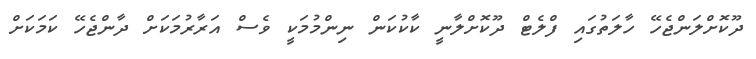
ދޫކޮށްލަންޖެހޭ ހާލަތުގައި ފްލެޓް ދޫކޮށްލާނީ ކާކުކަން ނިންމުމަކީ ވެސް އަރާރުމަކަށް ދާންޖެހޭ ކަމަކަށް